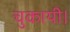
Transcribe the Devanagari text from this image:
चुकायी।